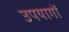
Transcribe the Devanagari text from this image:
उपयागों